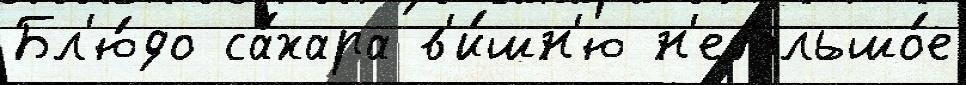
Бл'ю́до са́хара в'и́шн'ю н'ебольшо́е